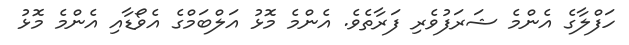
ހަފްލާގެ އެންމެ ޝަރަފުވެރި ފަރާތެވެ. އެންމެ މޮޅު އަލްބަމްގެ އެވޯޑާއި އެންމެ މޮޅު